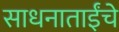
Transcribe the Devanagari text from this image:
साधनाताईंचे